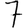
Digit: 7